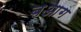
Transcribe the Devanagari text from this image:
बआग